Vaccination North-Western Provinces and Oudh 1878-1895 - 1878-1895
Year: 1878
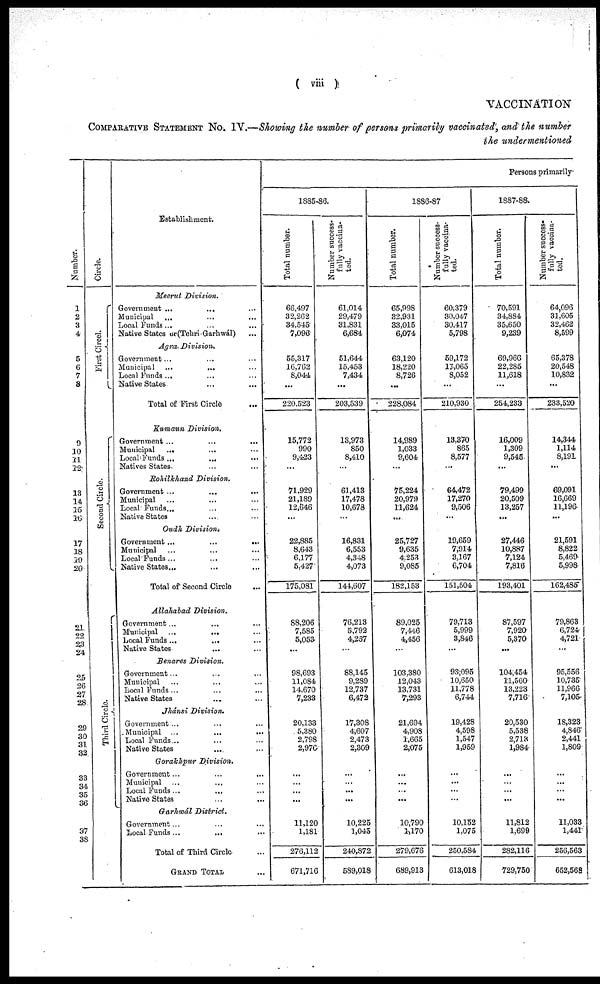
( viii )
VACCINATION
COMPARATIVE STATEMENT NO. IV.—Showing the number of persons primarily vaccinated, and the number
the undermentioned
Number.
1
2
3
4
5
6
7
8
9
10
11
12
13
14
15
16
17
18
19
20
21
22
23
24
25
26
27
28
29
30
31
32
33
34
35
36
37
37
38
Circle.
First
Circle.
Second Circle.
Third Circle.
Establishment.
Meerut Division.
Government ... ... ...
Municipal ... ... ...
Local Funds... ... ...
Native States or(Tehri-Garhwál)
Agra Division.
Government... ... ...
Municipal ...
...
...
Local Funds ... ... ...
Native States ... ...
Total of First Circle ...
Kumaun Division.
Government ...
...
...
Municipal
...
Local Funds ...
... ...
Natives States ... ...
Rohilkhand Division.
Government ...
Municipal ... ... ...
Local Funds... ... ...
Native States ... ...
Oudh Division.
Government... ... ...
Municipal ... ... ...
Local Funds ... ... ...
Native States... ... ...
Total of Second Circle ...
Allahabad Division. ...
Government ... ... ...
Municipal
...
... ...
Local Funds ...
... ...
Native States ... ...
Benares Division.
Government... ... ...
Municipal ... ... ...
Local Funds ... ... ...
Native States ... ...
Jhánsi Division.
Government ... ... ...
Municipal ...
...
...
Local Funds... ... ...
Native States ... ...
Gorakhpur Division.
Government... ... ...
Municipal
...
...
...
Local Funds ... ... ...
Native States ... ...
Garhwál District.
Government ... ... ...
Local Funds ...
... ...
Total of Third Circle ...
Grand Total
1885-86.
Total number
66,497
32,262
34,545
7,096
55,317
16,762
8,044
...
220,523
15,772
990
9,423
...
71,929
21,189
12,646
...
22,885
8,643
6,177
5,427
175,081
88,206
7,585
5,053
...
98,693
11,084
14,670
7,233
20,133
5,380
2,798
2,976
...
...
...
...
11,120
1,181
276,112
671,716
Number successful vaccina-
ted.
61,014
29,479
31,831
6,684
51,644
15,453
7,434
...
203,539
13,973
850
8,410
...
61,413
17,478
10,678
16,831
6,553
4,348
4,073
144,607
76,213
5,792
4,257
...
88,145
9,289
12,737
6,472
17,308
4,607
2,473
2,309
...
...
...
...
10,225
1,045
240,872
589,018
1886-87
Total number
65,998
32,931
33,015
6,074
63,120
18,220
8,726
...
228,084
14,989
1,033
9,604
...
75,224
20,979
11,624
...
25,727
9,635
4,253
9,085
182,153
89,025
7,446
4,456
...
103,380
12,043
13,731
7,293
21,694
4,908
1,665
2,075
...
...
...
...
10,790
1,170
279,676
689,913
Number successful vaccina-
ted.
60,379
30,047
30,417
5,798
59,172
17,065
8,052
...
210,930
13,370
865
8,577
...
64,472
17,270
9,506
...
19,659
7,914
3,167
6,704
151,504
79,713
5,999
3,846
...
93,095
10,650
11,778
6,744
19,428
4,598
1,547
1,959
...
...
...
...
10,152
1,075
250,584
613,018
Persons primarily
1887-88.
Total number.
70,591
34,884
35,650
9,239
69,966
22,285
11,618
...
254,233
16,009
1,309
9,545
...
79,499
20,509
13,257
...
27,446
10,887
7,124
7,816
193,401
87,597
7,920
5,370
...
104,454
11,560
13,223
7,716
20,530
5,538
2,713
1,984
...
...
...
...
11,812
1,699
282,116
729,750
Number successful vacc
ted.
64,096
31,605
32,462
8,599
65,378
20,548
10,882
...
233,520
14,344
1,114
8,191
...
69,091
16,669
11,196
...
21,591
8,822
5,469
5,998
162,485
79,863
6,724
4,721
...
95,556
10,735
11,966
7,105
18,323
4,846
2,441
1,809
...
...
...
...
11,033
1,441
256,563
652,568